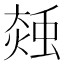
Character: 𧌝